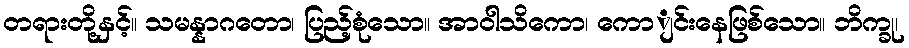
တရားတို့နှင့်။ သမန္နာဂတော၊ ပြည့်စုံသော။ အာဝါသိကော၊ ကောျင်းနေဖြစ်သော။ ဘိက္ခု၊